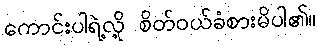
ကောင်းပါရဲ့လို့ စိတ်ဝယ်ခံစားမိပါ၏။